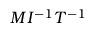
M I ^ { - 1 } T ^ { - 1 }